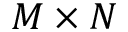
M \times N